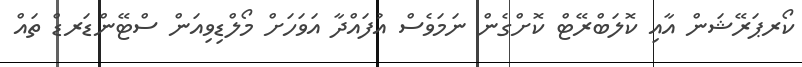
ކޯރޕަރޭޝަން އާއި ކޮލަބްރޭޓް ކޮށްގެން ނަމަވެސް އުފައްދާ އަވަހަށް މޯލްޑިވިއަން ސްޓޭންޑަރޑް ތައް